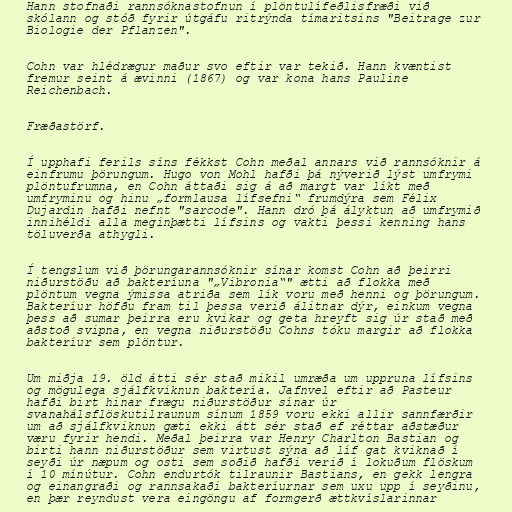
Hann stofnaði rannsóknastofnun í plöntulífeðlisfræði við
skólann og stóð fyrir útgáfu ritrýnda tímaritsins "Beitrage zur
Biologie der Pflanzen".

Cohn var hlédrægur maður svo eftir var tekið. Hann kvæntist
fremur seint á ævinni (1867) og var kona hans Pauline
Reichenbach.

Fræðastörf.

Í upphafi ferils síns fékkst Cohn meðal annars við rannsóknir á
einfrumu þörungum. Hugo von Mohl hafði þá nýverið lýst umfrymi
plöntufrumna, en Cohn áttaði sig á að margt var líkt með
umfryminu og hinu „formlausa lífsefni“ frumdýra sem Félix
Dujardin hafði nefnt "sarcode". Hann dró þá ályktun að umfrymið
innihéldi alla meginþætti lífsins og vakti þessi kenning hans
töluverða athygli.

Í tengslum við þörungarannsóknir sínar komst Cohn að þeirri
niðurstöðu að bakteríuna "„Vibronia“" ætti að flokka með
plöntum vegna ýmissa atriða sem lík voru með henni og þörungum.
Bakteríur höfðu fram til þessa verið álitnar dýr, einkum vegna
þess að sumar þeirra eru kvikar og geta hreyft sig úr stað með
aðstoð svipna, en vegna niðurstöðu Cohns tóku margir að flokka
bakteríur sem plöntur.

Um miðja 19. öld átti sér stað mikil umræða um uppruna lífsins
og mögulega sjálfkviknun baktería. Jafnvel eftir að Pasteur
hafði birt hinar frægu niðurstöður sínar úr
svanahálsflöskutilraunum sínum 1859 voru ekki allir sannfærðir
um að sjálfkviknun gæti ekki átt sér stað ef réttar aðstæður
væru fyrir hendi. Meðal þeirra var Henry Charlton Bastian og
birti hann niðurstöður sem virtust sýna að líf gat kviknað í
seyði úr næpum og osti sem soðið hafði verið í lokuðum flöskum
í 10 mínútur. Cohn endurtók tilraunir Bastians, en gekk lengra
og einangraði og rannsakaði bakteríurnar sem uxu upp í seyðinu,
en þær reyndust vera eingöngu af formgerð ættkvíslarinnar